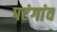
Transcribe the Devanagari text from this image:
पटंगांव